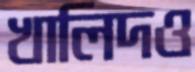
খালিদও